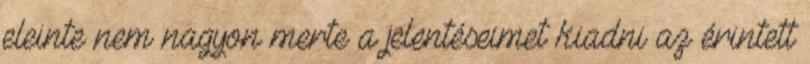
eleinte nem nagyon merte a jelentéseimet kiadni az é­rin­tett